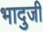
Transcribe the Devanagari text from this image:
भादुजी